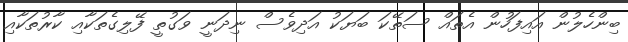
ބިންހެލުން އައިފަހުން އެތައް ސަތޭކަ ބަޔަކު އަދިވެސް ނިދަނީ ވަގުތީ ފޭލިގެތަކާއި ކާރުތަކާއި